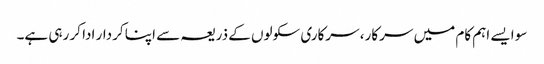
سو ایسے اہم کام میں سرکار، سرکاری سکولوں کے ذریعہ سے اپنا کردار ادا کر رہی ہے۔